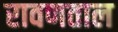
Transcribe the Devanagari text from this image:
रावणताल